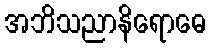
အဘိသညာနိရောဓေ